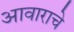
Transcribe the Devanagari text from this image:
आवाराचे